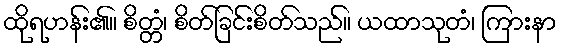
ထိုရဟန်း၏။ စိတ္တံ၊ စိတ်ခြင်းစိတ်သည်။ ယထာသုတံ၊ ကြားနာ